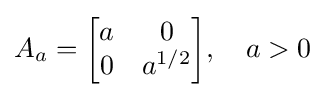
A_{a}={\begin{bmatrix}a&0\\0&a^{1/2}\end{bmatrix}},\quad a>0